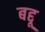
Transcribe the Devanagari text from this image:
बद्दू